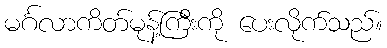
မင်္ဂလာကိတ်မုန့်ကြီးကို ပေးလိုက်သည်။